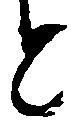
と